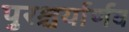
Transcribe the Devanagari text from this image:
पुरश्चर्यार्णव